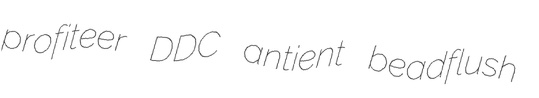
profiteer DDC antient beadflush